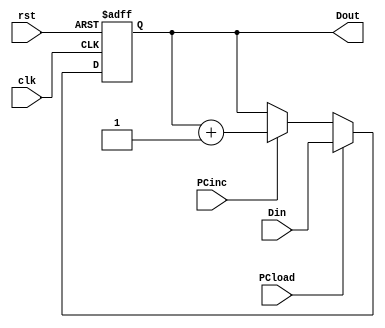
//

module pc(Din, clk, rst, PCload, PCinc, Dout);

input [15:0] Din; //16 
input clk,        //1 qtsj.vclk_choose
      rst,        //110 
      PCload,     //1clkdindout 
      PCinc;      //1PC++1PC++ 

output [15:0] Dout; //16 
reg [15:0] Dout;

always @(posedge clk or negedge rst) begin
    if (!rst)
			Dout <= 0;	
    else if (PCload)		
	    Dout <= Din;
	  else if (PCinc)
	    Dout <= Dout + 1;
end

endmodule